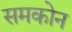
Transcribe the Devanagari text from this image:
समकोन